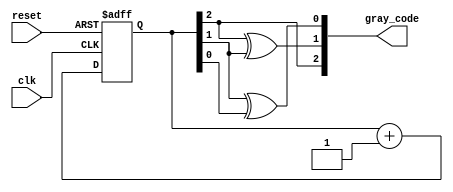
module gray_code_async_counter (
    input wire clk,         // Clock input
    input wire reset,       // Asynchronous reset
    output reg [2:0] gray_code // 3-bit Gray Code output
);
    // Internal signals for the flip-flops
    reg [2:0] binary; // Internal binary value to hold the current binary counter

    always @(posedge clk or posedge reset) begin
        if (reset) begin
            binary <= 3'b000; // Reset binary counter to 0
        end else begin
            // Increment binary counter
            binary <= binary + 1;
        end
    end

    // Gray Code conversion logic from binary
    always @(*) begin
        gray_code[2] = binary[2];
        gray_code[1] = binary[2] ^ binary[1];
        gray_code[0] = binary[1] ^ binary[0];
    end
endmodule